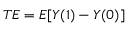
T E = E [ Y ( 1 ) - Y ( 0 ) ]